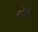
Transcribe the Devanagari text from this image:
पॅब